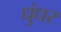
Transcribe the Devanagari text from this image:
धुंधर